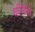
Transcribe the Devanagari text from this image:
धरित्रीची